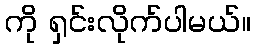
ကို ရှင်းလိုက်ပါမယ်။